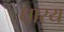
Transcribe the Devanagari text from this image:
धारय